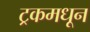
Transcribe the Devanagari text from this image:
ट्रकमधून